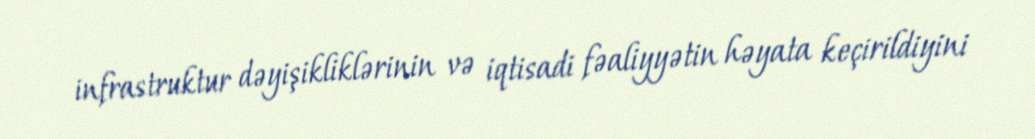
infrastruktur dəyişikliklərinin və iqtisadi fəaliyyətin həyata keçirildiyini